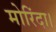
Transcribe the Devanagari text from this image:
मोरिंदा।